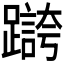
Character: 𫏥